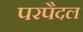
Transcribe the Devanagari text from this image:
परपैदल